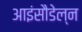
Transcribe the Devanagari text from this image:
आइंसौडेल्न